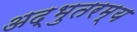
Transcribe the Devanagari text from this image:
अद्भुतरम्य